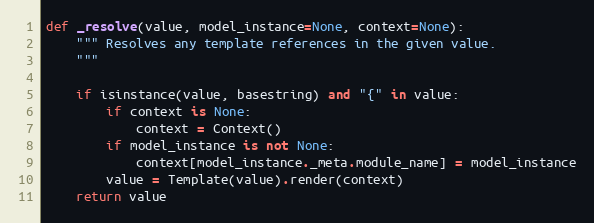
Language: Python
def _resolve(value, model_instance=None, context=None):
    """ Resolves any template references in the given value.
    """

    if isinstance(value, basestring) and "{" in value:
        if context is None:
            context = Context()
        if model_instance is not None:
            context[model_instance._meta.module_name] = model_instance
        value = Template(value).render(context)
    return value